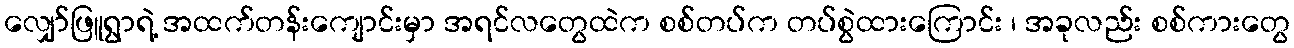
လျှော်ဖြူရွာရဲ့ အထက်တန်းကျောင်းမှာ အရင်လတွေထဲက စစ်တပ်က တပ်စွဲထားကြောင်း ၊ အခုလည်း စစ်ကားတွေ